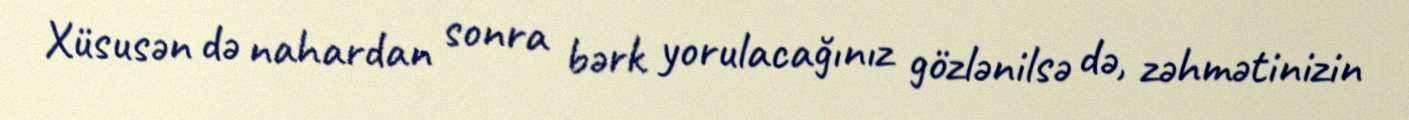
Xüsusən də nahardan sonra bərk yorulacağınız gözlənilsə də, zəhmətinizin